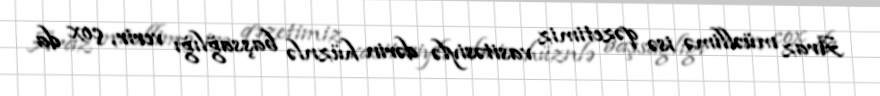
Araz müəllimə isə qəzetimiz vasitəsiylə dərin hüznlə başsağlığı verir, çox da